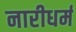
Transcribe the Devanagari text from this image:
नारीधर्म